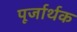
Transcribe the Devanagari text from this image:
पूर्जार्थक